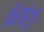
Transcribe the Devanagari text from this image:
बिखेरी।